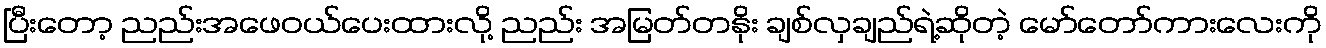
ပြီးတော့ ညည်းအဖေဝယ်ပေးထားလို့ ညည်း အမြတ်တနိုး ချစ်လှချည်ရဲ့ဆိုတဲ့ မော်တော်ကားလေးကို